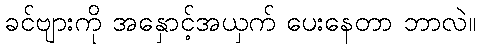
ခင်ဗျားကို အနှောင့်အယှက် ပေးနေတာ ဘာလဲ။